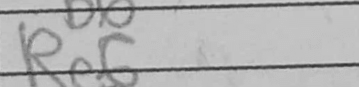
Transcription: Re6